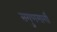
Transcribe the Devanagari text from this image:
सगुणमार्गी